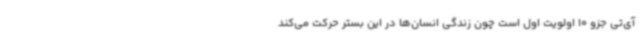
آی‌تی جزو 10 اولویت اول است چون زندگی انسان‌ها در این بستر حرکت می‌کند